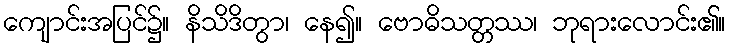
ကျောင်းအပြင်၌။ နိသိဒိတွာ၊ နေ၍။ ဗောဓိသတ္တဿ၊ ဘုရားလောင်း၏။